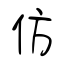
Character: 仿